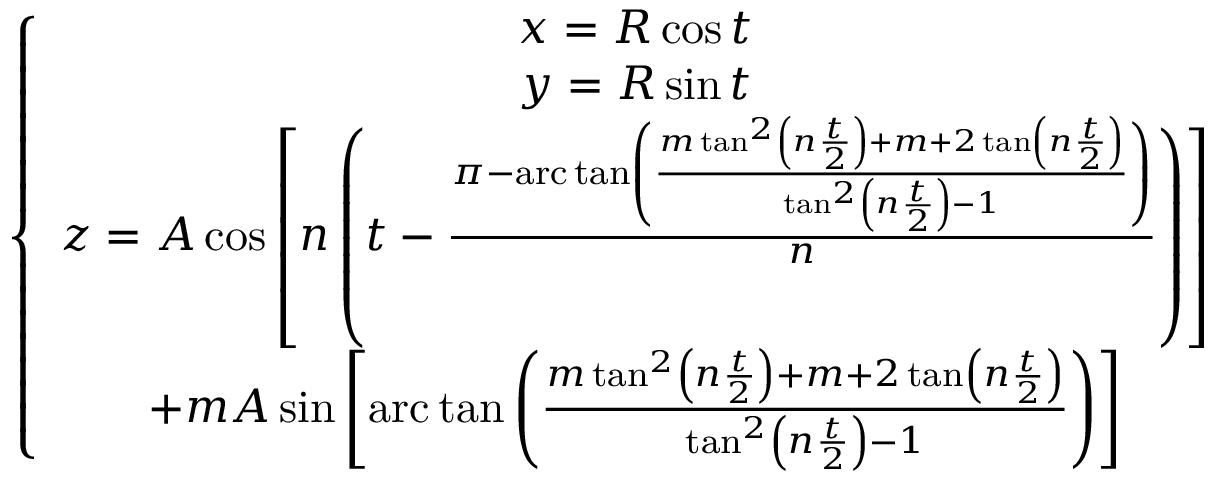
\left\{ \begin{array} { c } { x = R \cos t } \\ { y = R \sin t } \\ { z = A \cos \left[ n \left( t - \frac { \pi - \mathrm { a r c } \tan \left( \frac { m \tan ^ { 2 } \left( n \frac { t } { 2 } \right) + m + 2 \tan \left( n \frac { t } { 2 } \right) } { \tan ^ { 2 } \left( n \frac { t } { 2 } \right) - 1 } \right) } { n } \right) \right] } \\ { + m A \sin \left[ \mathrm { a r c } \tan \left( \frac { m \tan ^ { 2 } \left( n \frac { t } { 2 } \right) + m + 2 \tan \left( n \frac { t } { 2 } \right) } { \tan ^ { 2 } \left( n \frac { t } { 2 } \right) - 1 } \right) \right] } \end{array} \right.